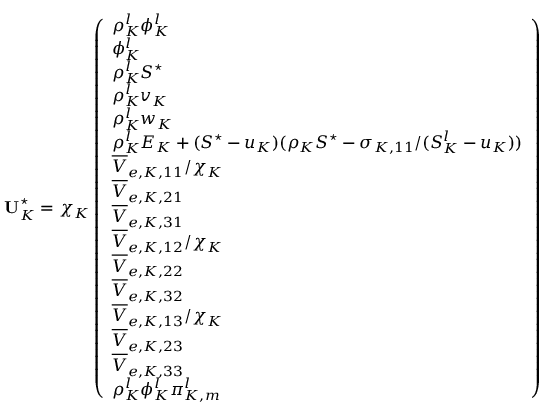
\mathbf { U } _ { K } ^ { \star } = \chi _ { K } \left( \begin{array} { l } { \rho _ { K } ^ { l } \phi _ { K } ^ { l } } \\ { \phi _ { K } ^ { l } } \\ { \rho _ { K } ^ { l } S ^ { \star } } \\ { \rho _ { K } ^ { l } v _ { K } } \\ { \rho _ { K } ^ { l } w _ { K } } \\ { \rho _ { K } ^ { l } E _ { K } + ( S ^ { \star } - u _ { K } ) ( \rho _ { K } S ^ { \star } - \sigma _ { K , 1 1 } / ( S _ { K } ^ { l } - u _ { K } ) ) } \\ { \overline { { V } } _ { e , K , 1 1 } / \chi _ { K } } \\ { \overline { { V } } _ { e , K , 2 1 } } \\ { \overline { { V } } _ { e , K , 3 1 } } \\ { \overline { { V } } _ { e , K , 1 2 } / \chi _ { K } } \\ { \overline { { V } } _ { e , K , 2 2 } } \\ { \overline { { V } } _ { e , K , 3 2 } } \\ { \overline { { V } } _ { e , K , 1 3 } / \chi _ { K } } \\ { \overline { { V } } _ { e , K , 2 3 } } \\ { \overline { { V } } _ { e , K , 3 3 } } \\ { \rho _ { K } ^ { l } \phi _ { K } ^ { l } \pi _ { K , m } ^ { l } } \end{array} \right)